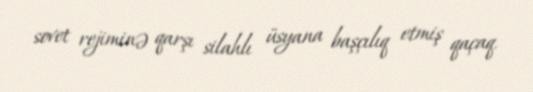
sovet rejiminə qarşı silahlı üsyana başçılıq etmiş qaçaq.